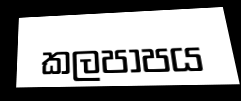
කලපාපය